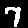
Digit: 7